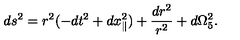
d s ^ { 2 } = r ^ { 2 } ( - d t ^ { 2 } + d x _ { \parallel } ^ { 2 } ) + { \frac { d r ^ { 2 } } { r ^ { 2 } } } + d \Omega _ { 5 } ^ { 2 } .